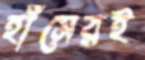
হাঁসেরই